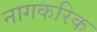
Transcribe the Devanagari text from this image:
नागकरिक